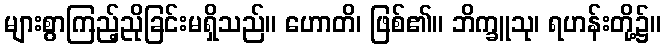
များစွာကြည့်ညိုခြင်းမရှိသည်။ ဟောတိ၊ ဖြစ်၏။ ဘိက္ခူသု၊ ရဟန်းတို့၌။